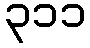
၃၁၁